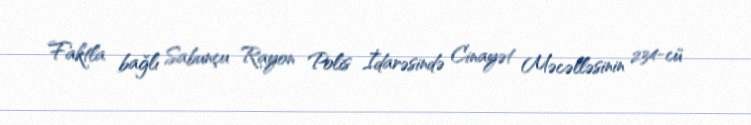
Faktla bağlı Sabunçu Rayon Polis İdarəsində Cinayət Məcəlləsinin 234-cü